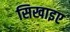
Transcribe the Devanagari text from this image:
सिखाइए